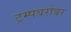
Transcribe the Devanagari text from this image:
ट्रम्पबरोबर